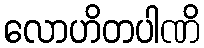
လောဟိတပါဏိ